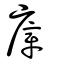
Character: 㢓